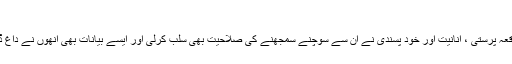
آخری حصّہ – عامر حسینی – LUBP
وجاہت مسعود نے اپنے اس انٹرویو میں بار بار یہ واضح کردیا کہ ان کی موقعہ پرستی ، انانیت اور خود پسندی نے ان سے سوچنے سمجھنے کی صلاحیت بھی سلب کرلی اور ایسے بیانات بھی انھوں نے داغ ڈالے جن سے کسی اوسط ذہانت کے مالک سے بھی توقع نہیں رکھی جاسکتی۔